Leaving Certificate Examination (including Day School Certificate (Higher) General paper), 1935
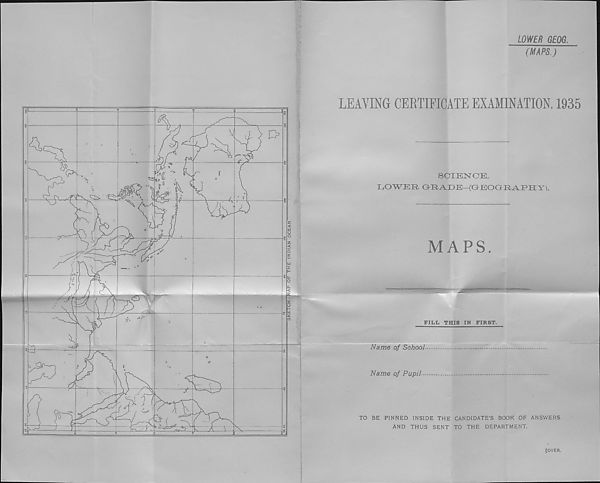
English Miles
0 /O 20 30 40 50 60
Seale r. 2,750,000
Projection: ConicaL.
Kilometres
l i—»—i 1 1 1 |
0
20 40 60
1375/35.
Ordnanoe Survey, 1935.
54